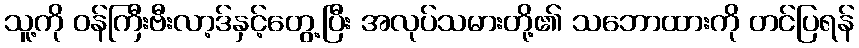
သူ့ကို ဝန်ကြီးဗီးလာ့ဒ်နှင့်တွေ့ပြီး အလုပ်သမားတို့၏ သဘောထားကို တင်ပြရန်